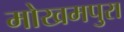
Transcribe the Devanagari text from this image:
मोखमपुरा